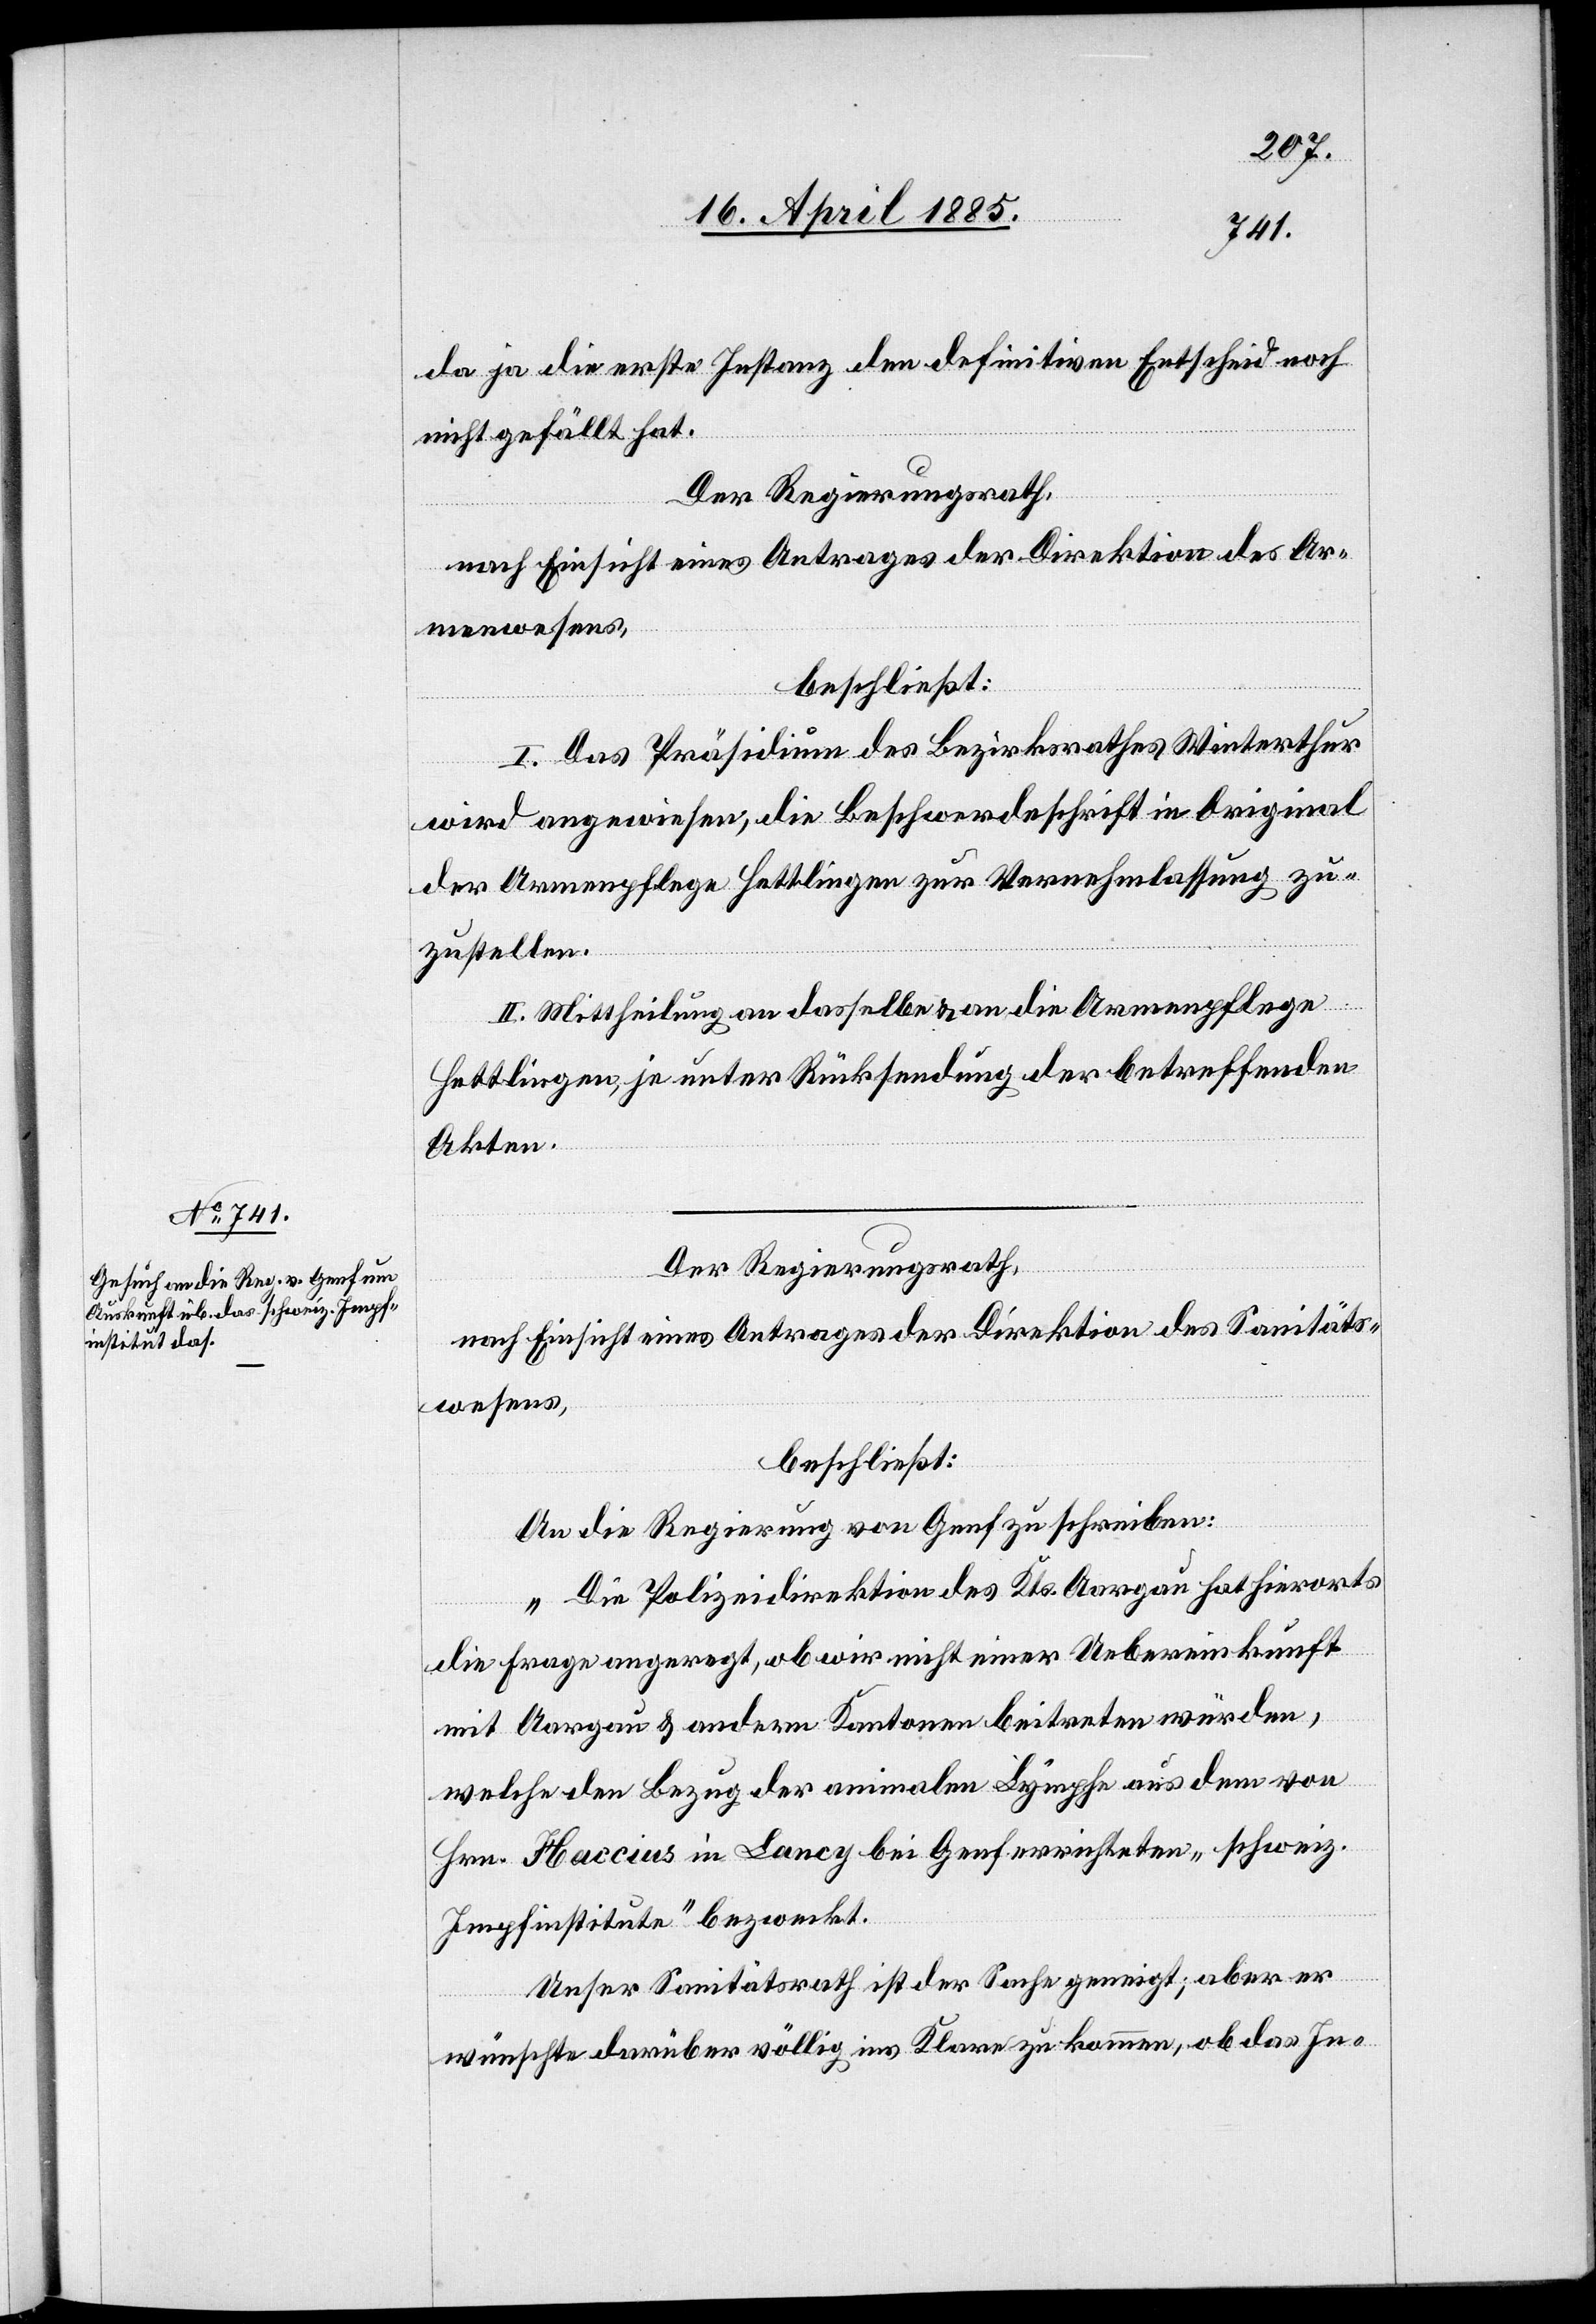
da ja die erste Instanz den definitiven Entscheid noch
nicht gefällt hat.
Der Regierungsrath,
nach Einsicht eines Antrages der Direktion des Ar¬
menwesens,
beschließt:
I. Das Präsidium des Bezirksrathes Winterthur
wird angewiesen, die Beschwerdeschrift in Original
der Armenpflege Hettlingen zur Vernehmlassung zu
zustellen.
II. Mittheilung an dasselbe & an die Armenpflege
Hettlingen, je unter Rücksendung der betreffenden
Akten.
Der Regierungsrath,
nach Einsicht eines Antrages der Direktion des Sanitäts¬
wesens,
beschließt:
An die Regierung von Genf zu schreiben:
„Die Polizeidirektion des Kts. Aargau hat hierorts
die Frage angeregt, ob wir nicht einer Uebereinkunft
mit Aargau & andern Kantonen beitreten würden,
welche den Bezug der animalen Lymphen aus dem von
Hrn. Haccius in Lancy bei Genf errichteten „schweiz.
Impfinstitute“ bezweckt.
Unser Sanitätsrath ist der Sache geneigt; aber er
wünsche darüber völlig ins Klare zu kommen, ob das In-